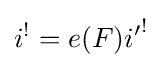
i^{!}=e(F){i'}^{!}